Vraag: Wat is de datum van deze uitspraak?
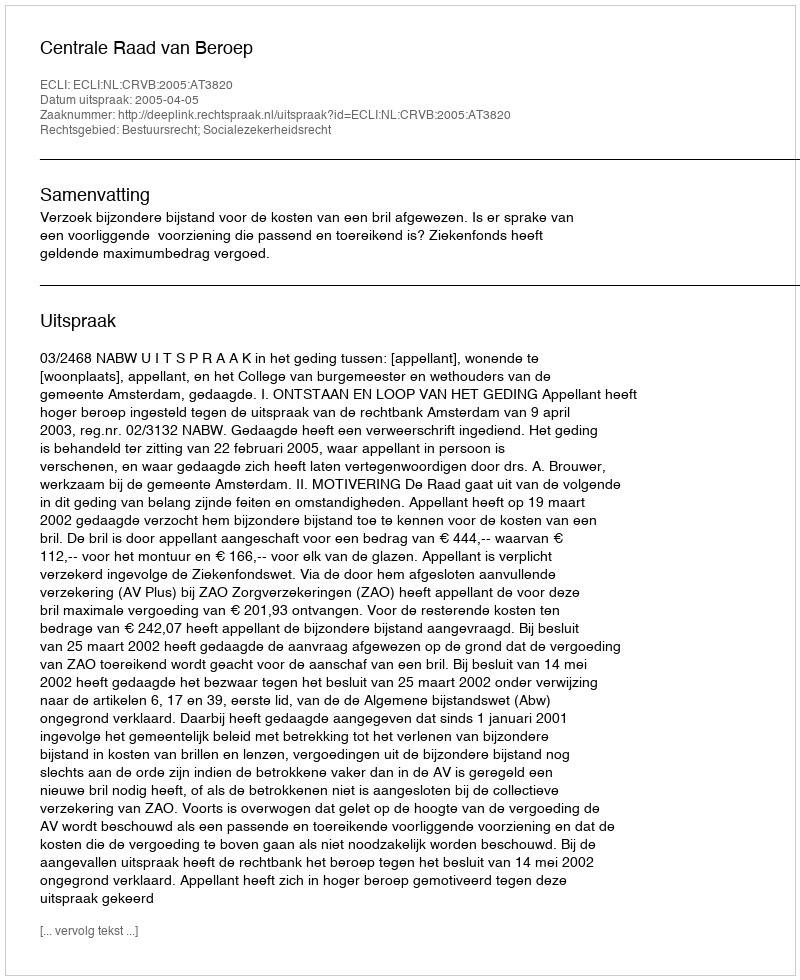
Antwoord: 2005-04-05